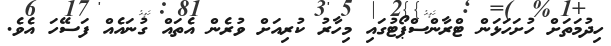
ހިދުމަތަށް ހުށަހަޅަން ޓްރާންސްޕޯޓުގައި މިހާރު ކުރިއަށް ވުރެން އެތައް ގުނައެއް ފަސޭހަ އެވެ.